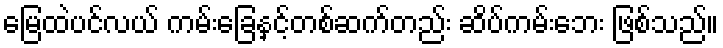
မြေထဲပင်လယ် ကမ်းခြေနှင့်တစ်ဆက်တည်း ဆိပ်ကမ်းဘေး ဖြစ်သည်။